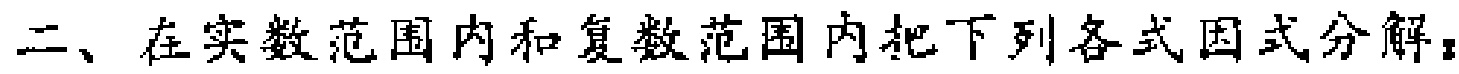
二、在实数范围内和复数范围内把下列各式因式分解：